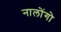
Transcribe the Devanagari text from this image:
नालोंगो